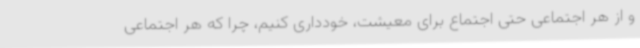
و از هر اجتماعی حتی اجتماع برای معیشت، خودداری کنیم، چرا که هر اجتماعی